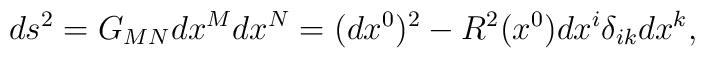
ds^2=G_{MN}dx^Mdx^N=(dx^0)^2-R^2(x^0)dx^i\delta_{ik}dx^k ,